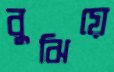
বুঝিয়ে